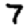
Digit: 7